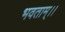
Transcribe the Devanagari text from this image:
भवताम्।।